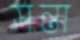
সন্তা